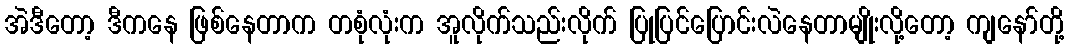
အဲဒီတော့ ဒီကနေ ဖြစ်နေတာက တစုံလုံးက အူလိုက်သည်းလိုက် ပြုပြင်ပြောင်းလဲနေတာမျိုးလို့တော့ ကျနော်တို့